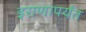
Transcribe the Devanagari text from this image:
इराणापर्यंत